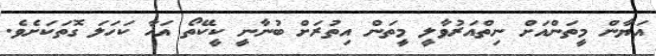
އަޔާން މީތަންއަށް ނިތްއަރުވާލީ މީތަން އިތުރަށް ބުނާނީ ކީކޭތޯ އަހާ ކަހަލަ ގޮތަކަށެވެ.